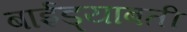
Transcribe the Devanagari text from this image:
बाईड्याबती